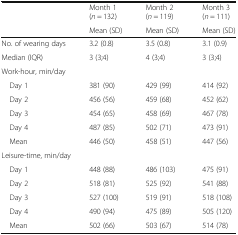
<table><thead><tr><td></td><td><b>Month 1 (<i>n</i> = 132)</b></td><td><b>Month 2 (<i>n</i> = 119)</b></td><td><b>Month 3 (<i>n</i> = 111)</b></td></tr><tr><td></td><td><b>Mean (SD)</b></td><td><b>Mean (SD)</b></td><td><b>Mean (SD)</b></td></tr></thead><tbody><tr><td>No. of wearing days</td><td>3.2 (0.8)</td><td>3.5 (0.8)</td><td>3.1 (0.9)</td></tr><tr><td>Median (IQR)</td><td>3 (3;4)</td><td>4 (3;4)</td><td>3 (3;4)</td></tr><tr><td colspan="4">Work-hour, min/day</td></tr><tr><td> Day 1</td><td>381 (90)</td><td>429 (99)</td><td>414 (92)</td></tr><tr><td> Day 2</td><td>456 (56)</td><td>459 (68)</td><td>452 (62)</td></tr><tr><td> Day 3</td><td>454 (65)</td><td>458 (69)</td><td>467 (78)</td></tr><tr><td> Day 4</td><td>487 (85)</td><td>502 (71)</td><td>473 (91)</td></tr><tr><td> Mean</td><td>446 (50)</td><td>458 (51)</td><td>447 (56)</td></tr><tr><td colspan="4">Leisure-time, min/day</td></tr><tr><td> Day 1</td><td>448 (88)</td><td>486 (103)</td><td>475 (91)</td></tr><tr><td> Day 2</td><td>518 (81)</td><td>525 (92)</td><td>541 (88)</td></tr><tr><td> Day 3</td><td>527 (100)</td><td>519 (91)</td><td>518 (108)</td></tr><tr><td> Day 4</td><td>490 (94)</td><td>475 (89)</td><td>505 (120)</td></tr><tr><td> Mean</td><td>502 (66)</td><td>503 (67)</td><td>514 (78)</td></tr></tbody></table>